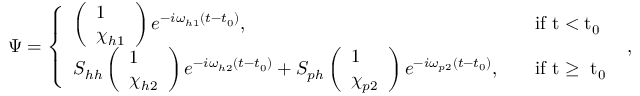
\begin{array} { r } { \Psi = \left\{ \begin{array} { l l } { \left( \begin{array} { l } { 1 } \\ { \chi _ { h 1 } } \end{array} \right) e ^ { - i \omega _ { h 1 } ( t - t _ { 0 } ) } , } & { \quad \mathrm { i f ~ t < t _ 0 ~ } } \\ { S _ { h h } \left( \begin{array} { l } { 1 } \\ { \chi _ { h 2 } } \end{array} \right) e ^ { - i \omega _ { h 2 } ( t - t _ { 0 } ) } + S _ { p h } \left( \begin{array} { l } { 1 } \\ { \chi _ { p 2 } } \end{array} \right) e ^ { - i \omega _ { p 2 } ( t - t _ { 0 } ) } , } & { \quad \mathrm { i f ~ t \ge ~ t _ 0 ~ } } \end{array} \right. , } \end{array}